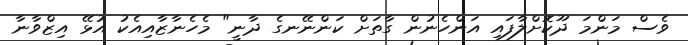
ވެސް މަންމަ ދޫކޮށްލާފައި އަންހެނުން ގާތަށް ކަންނޭނގެ ދާނީ" މެހެނާޒާއިއެކު އުޅޭ އިޒްވާނާ